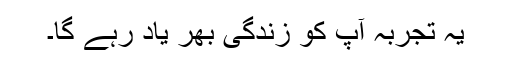
یہ تجربہ آپ کو زندگی بھر یاد رہے گا۔